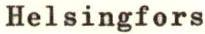
Helsingfors